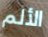
الألم